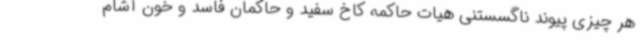
هر چیزی پیوند ناگسستنی هیات حاکمه کاخ سفید و حاکمان فاسد و خون آشام